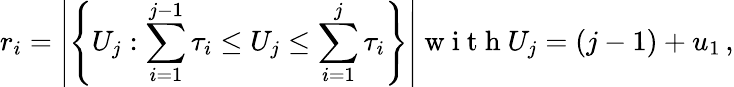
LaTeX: r_{i}=\left|\left\{ U_{j}:\sum_{i=1}^{j-1}\tau_{i}\leq U_{j}\leq\sum_{i=1}^{j}\tau_{i}\right\} \right|\mathrm{~w~i~t~h~}U_{j}=(j-1)+u_{1}\, ,